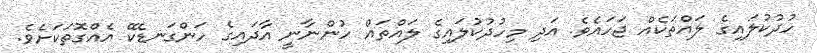
ހުދުކުލައިގެ ލައްތަކެއް ޖަހައެވެ. އަދި މިހުދުކުލައިގެ ލައްތައް ހުންނާނީ އާދައިގެ ހަންގަނޑެކޭ އެއްގޮތަކަށެވެ.